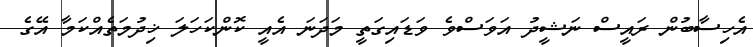
އެހިސާބުން ރައީސް ނަޝީދު އަވަސްވެ ވަޑައިގަތީ މަދަނަ އެއީ ކޮންކަހަލަ ޚިދުމަތެއްކަމާ އޭގެ